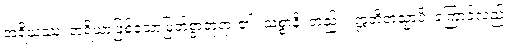
အရိယဿ၊ အရိယာဖြစ်သောမြတ်စွာဘုရား၏။ သစ္စာနိ၊ တည်း။ ဣတိတသ္မာပိ၊ ကြောင့်လည်း။